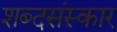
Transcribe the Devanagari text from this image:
शब्दसंस्कार